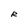
Character: R